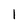
Character: I